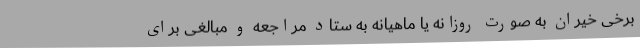
برخی خیران به صورت روزانه یا ماهیانه به ستاد مراجعه و مبالغی برای